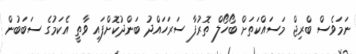
ނަމަވެސް ބްރިޖް މަސައްކަތަށް ބޯހޯލް ތޮރުފާ ސަރަހައްދު ބަންދުކޮށްފައި ވާތީ އެކަމުގެ ސަބަބުން